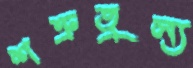
শত্রুতুল্য